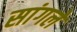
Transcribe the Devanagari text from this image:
सांगले